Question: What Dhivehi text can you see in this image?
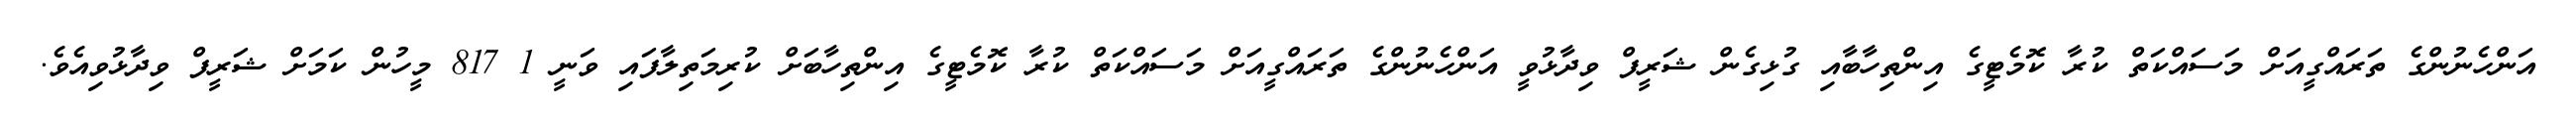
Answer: އަންހެނުންގެ ތަރައްގީއަށް މަސައްކަތް ކުރާ ކޮމެޓީގެ އިންތިހާބާއި ގުޅިގެން ޝަރީފް ވިދާޅުވީ އަންހެނުންގެ ތަރައްގީއަށް މަސައްކަތް ކުރާ ކޮމެޓީގެ އިންތިހާބަށް ކުރިމަތިލާފައި ވަނީ 1 817 މީހުން ކަމަށް ޝަރީފް ވިދާޅުވިއެވެ.